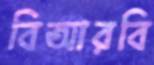
বিআরবি